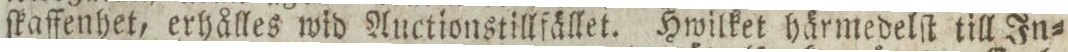
ſkaffenhet, erhålles wid Auctionstillfället. Hwilket härmedelſt till In=